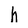
Character: h